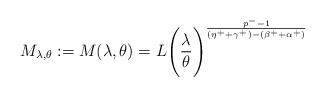
LaTeX: \begin{align*}M_{\lambda,\theta}:=M(\lambda,\theta)=L\Biggl(\dfrac{\lambda}{\theta}\Biggl)^{\frac{p^{-}-1}{(\eta^{+}+\gamma^{+})-(\beta^{+}+\alpha^{+})}}\end{align*}